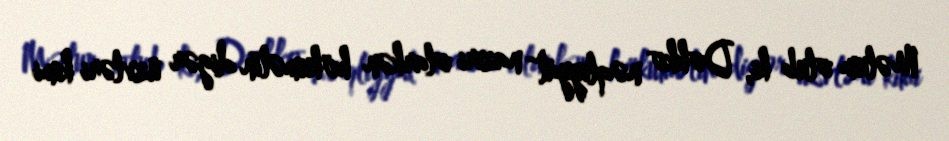
Məlum olub ki, Dokko nəqliyyat naziri olarkən hökumətin digər üzvləri kimi